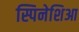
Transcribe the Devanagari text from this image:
स्पिनेशिआ